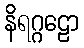
နိရဂ္ဂဠော